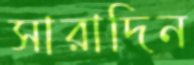
সারাদিন